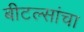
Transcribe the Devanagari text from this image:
बीटल्सांचा